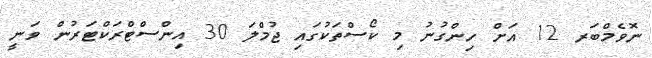
ނޮވެމްބަރ 12 އަށް ހިންގުނު މި ކޯސްތަކުގައި ޖުމްލަ 30 އިންސްޓްރަކްޓަރުން ވަނީ